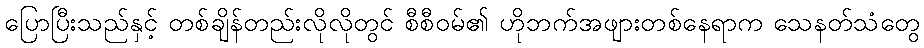
ပြောပြီးသည်နှင့် တစ်ချိန်တည်းလိုလိုတွင် စီစီဝမ်၏ ဟိုဘက်အဖျားတစ်နေရာက သေနတ်သံတွေ